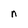
Character: n